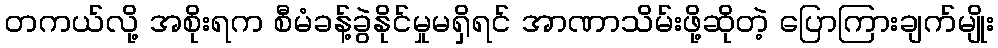
တကယ်လို့ အစိုးရက စီမံခန့်ခွဲနိုင်မှုမရှိရင် အာဏာသိမ်းဖို့ဆိုတဲ့ ပြောကြားချက်မျိုး